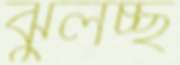
ঝুলচ্ছ